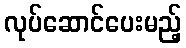
လုပ်ဆောင်ပေးမည့်